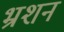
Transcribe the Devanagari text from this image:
भ्रशन